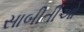
સાબીતીઓ